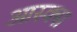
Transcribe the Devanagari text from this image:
आस्क्स